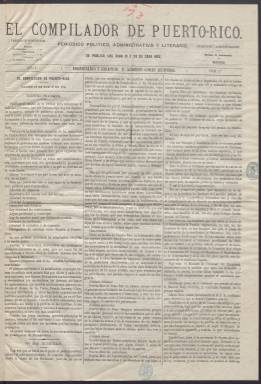
Título: El Compilador de Puerto Rico
Colección: Periódicos
Ámbito geográfico: Puerto Rico
Lugar de publicación: Madrid
Fechas: 13/01/1873-13/04/1873